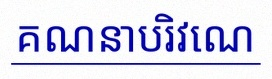
គណនាបរិវេណ